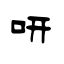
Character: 咞